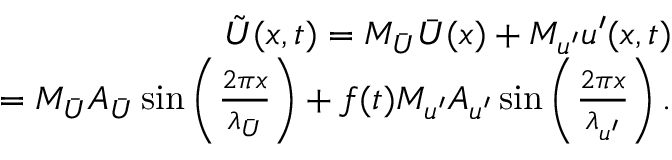
\begin{array} { r } { \tilde { U } ( x , t ) = M _ { \bar { U } } \bar { U } ( x ) + M _ { u ^ { \prime } } u ^ { \prime } ( x , t ) } \\ { = M _ { \bar { U } } A _ { \bar { U } } \sin \left( \frac { 2 \pi x } { \lambda _ { \bar { U } } } \right) + f ( t ) M _ { u ^ { \prime } } A _ { u ^ { \prime } } \sin \left( \frac { 2 \pi x } { \lambda _ { u ^ { \prime } } } \right) . } \end{array}